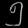
Digit: ၅